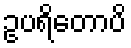
ဥပရိတောပိ